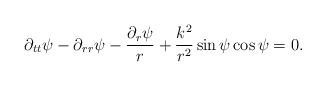
LaTeX: \begin{align*}\partial_{tt}\psi-\partial_{rr}\psi-\frac{\partial_r\psi}{r}+\frac{k^2}{r^2}\sin{\psi}\cos{\psi}=0.\end{align*}